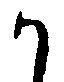
か